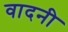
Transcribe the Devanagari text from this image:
वादनी